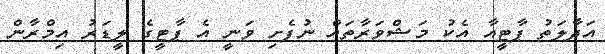
އަދާލަތު ޕާޓީއާ އެކު މަޝްވަރާތައް ނުފެށި ވަނީ އެ ޕާޓީގެ ލީޑަރު އިމްރާން